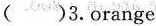
()3.orange